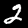
Digit: 2